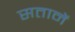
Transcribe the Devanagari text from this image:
सतानें